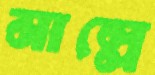
মাল্লে